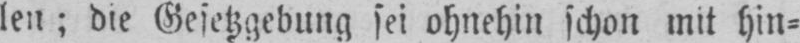
len; die Gesetzgebung sei ohnehin schon mit hin⸗